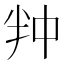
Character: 𭅢